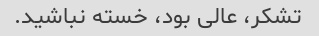
تشکر، عالی بود، خسته نباشید.